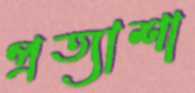
প্রত্যাশা